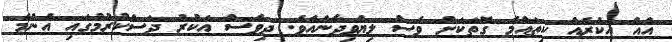
އެއް އަކުރެއް ކިތައްމެ ގޮތަކަށް ވެސް ލިޔެވިދާނެއެވެ. ދިވެސް އަކުރު ދަސްކުރުމުގައި އެންމެ